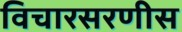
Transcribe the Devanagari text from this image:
विचारसरणीस